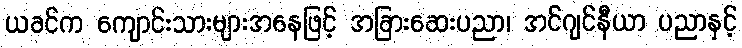
ယခင်က ကျောင်းသားများအနေဖြင့် အခြားဆေးပညာ၊ အင်ဂျင်နီယာ ပညာနှင့်